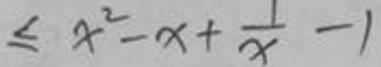
$\leq x^{2}-x+\frac{1}{x}-1$